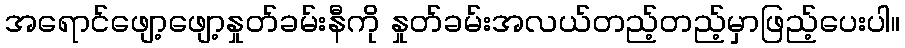
အရောင်ဖျော့ဖျော့နှုတ်ခမ်းနီကို နှုတ်ခမ်းအလယ်တည့်တည့်မှာဖြည့်ပေးပါ။